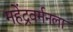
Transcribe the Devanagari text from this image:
महेंद्रवर्मनला